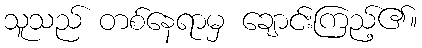
သူသည် တစ်နေရာမှ ချောင်းကြည့်၏။